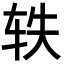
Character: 轶